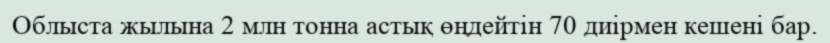
Облыста жылына 2 млн тонна астық өңдейтін 70 диірмен кешені бар.